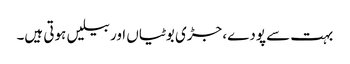
بہت سے پودے، جڑی بوٹیاں اور بیلیں ہوتی ہیں۔